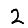
Digit: 2